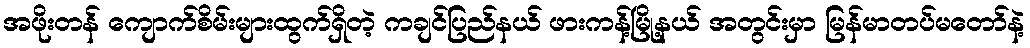
အဖိုးတန် ကျောက်စိမ်းများထွက်ရှိတဲ့ ကချင်ပြည်နယ် ဖားကန့်မြို့နယ် အတွင်းမှာ မြန်မာတပ်မတော်နဲ့